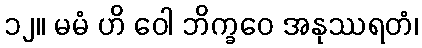
၁၂။ မမံ ဟိ ဝေါ ဘိက္ခဝေ အနုဿရတံ၊